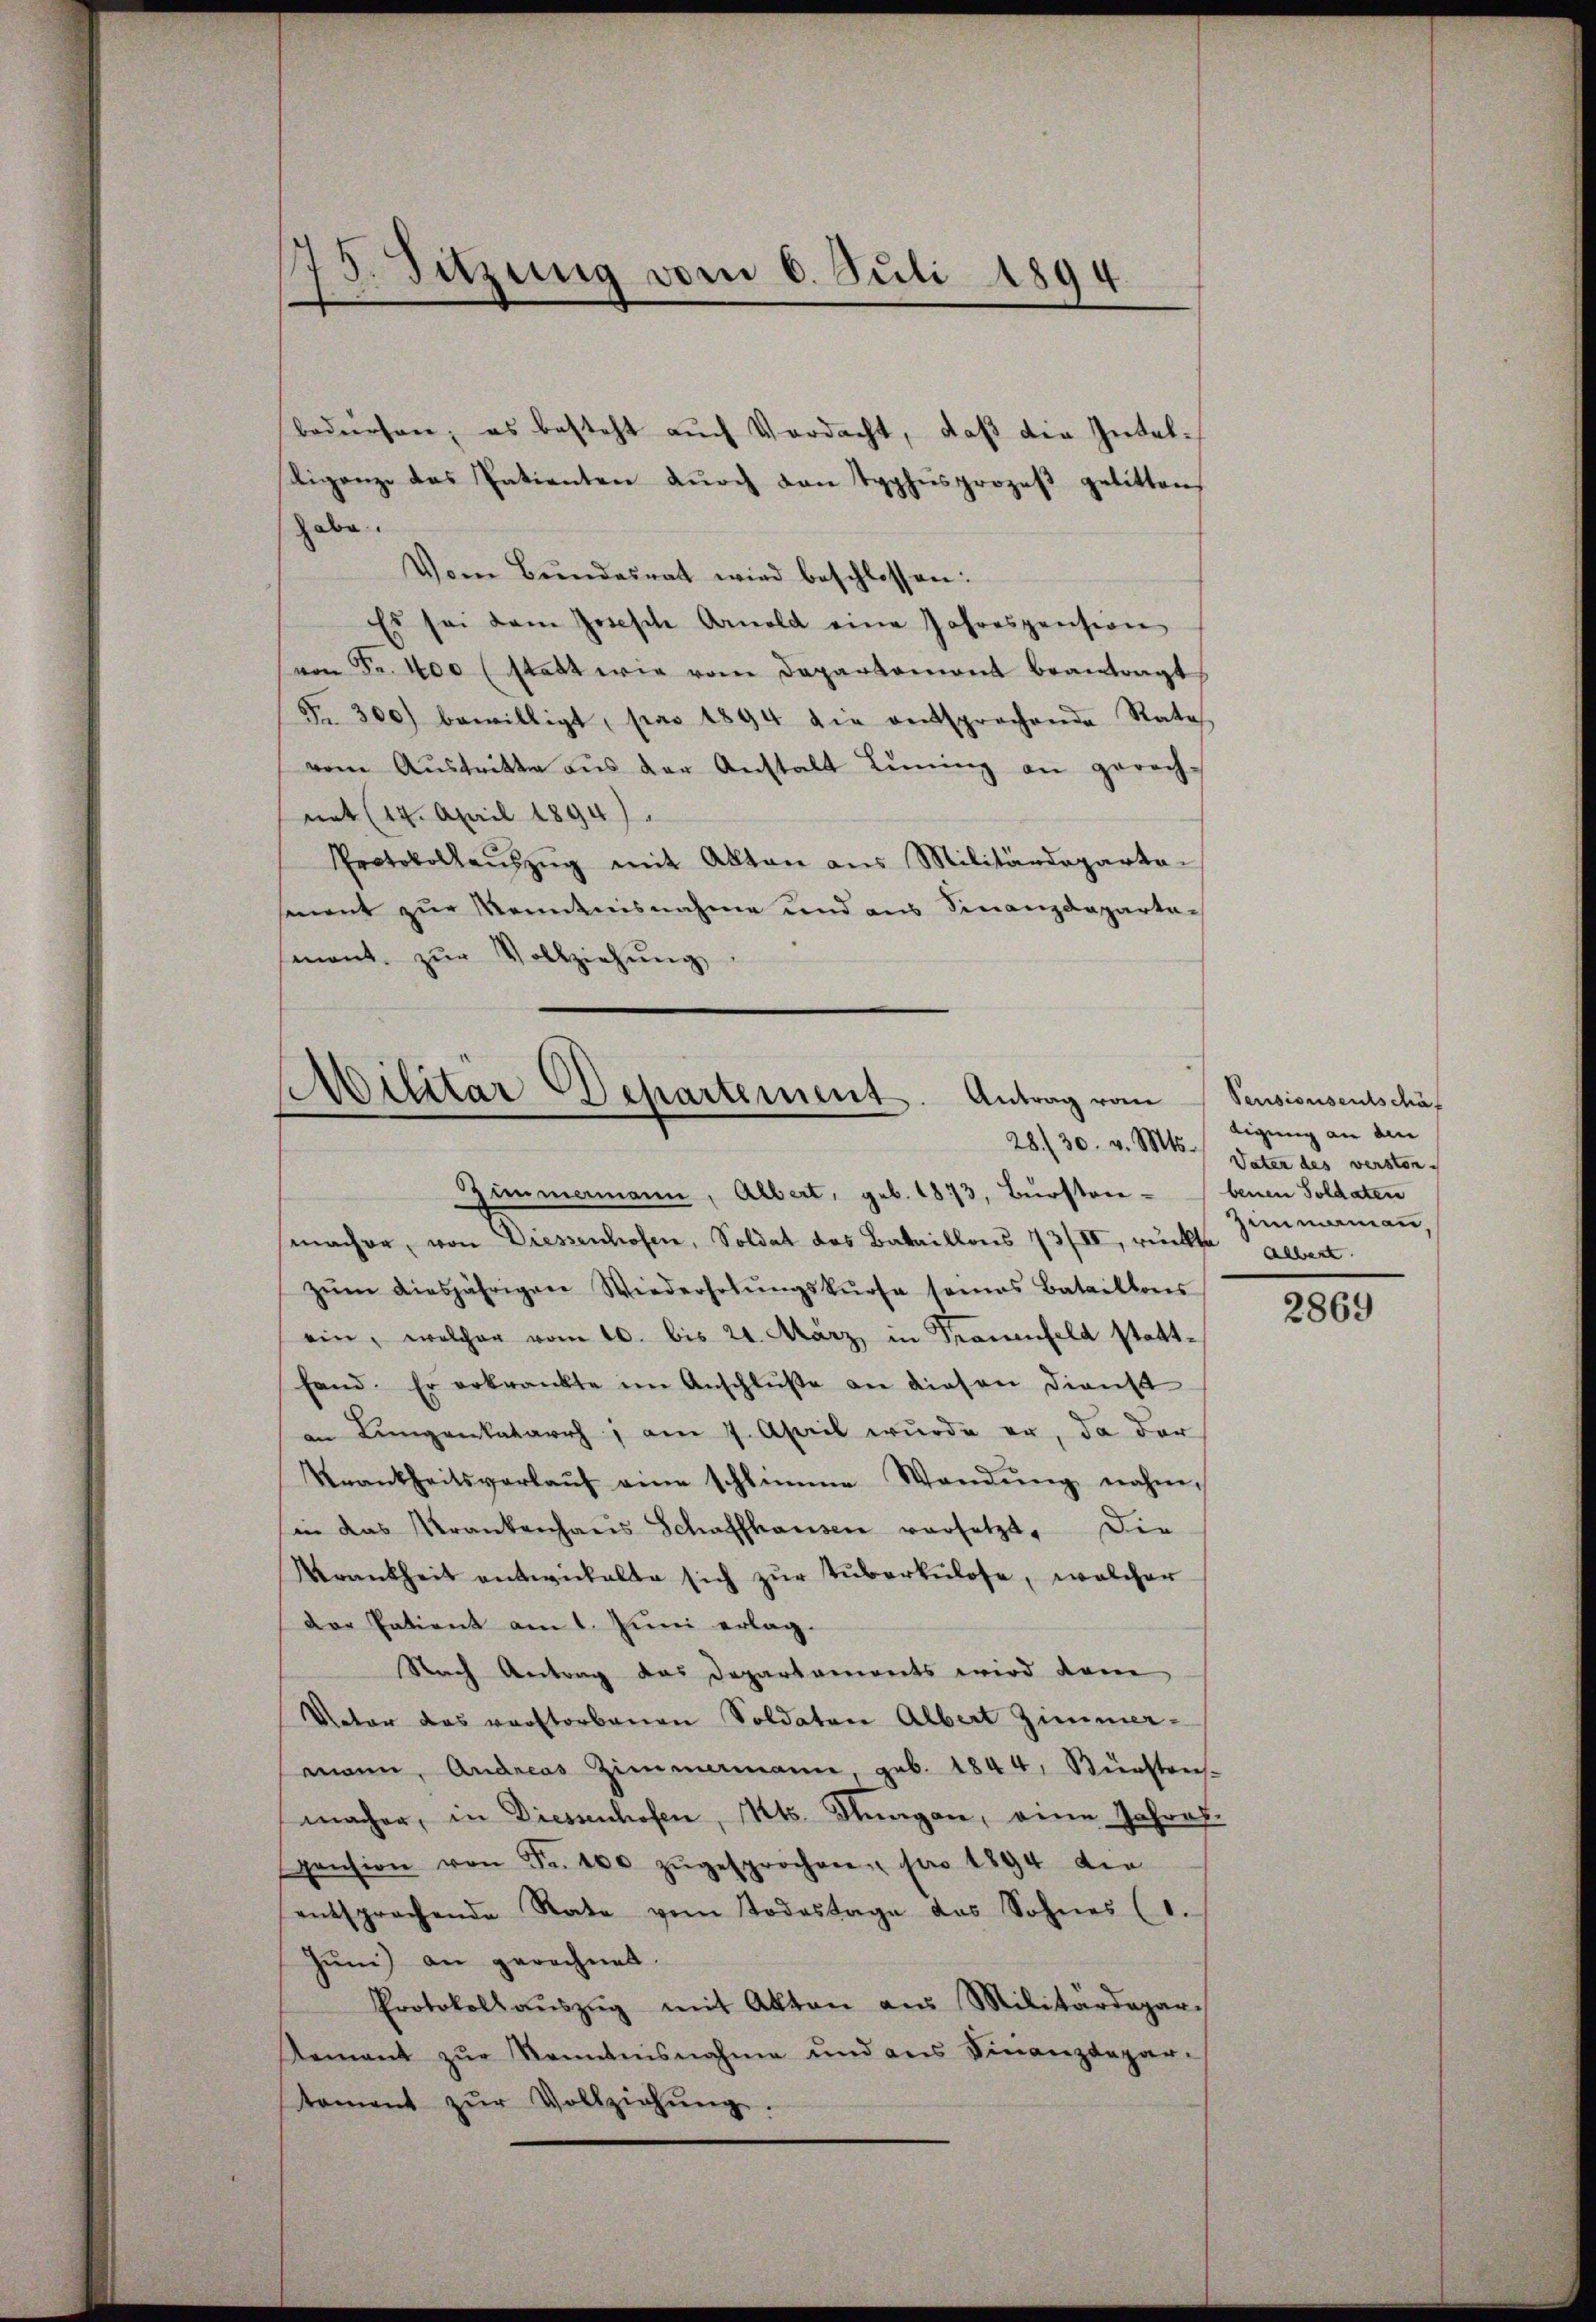
75. Sitzung vom 6. Juli 1894.

bedürfen, es besteht auch Verdacht, daß die Intel¬
Viganze des Patienten dŭrch den Typhusprozeβ gelitten,
habe.
Vom Bŭndesrat wird beschlossen:
Es sei dem Josische Arnold eine Jahrespension
von Fr. 400 (statt wie vom Departament beantragt,
Fr. 300 bewilligt, par 1894 die entsprochende Rata
vom Aŭstritte aŭs der Anstalt Lining an gerech-
mit (14. April 1894).
Protokollaŭszŭg mit Akten aus Militärdeparta-
ment zur Kenntnisnahme und aus Finanzdeparta
mant. zŭr Vollziehung

Militär Dchartement. Antrag vom
e
Zummamann, Albert, geb. 1873, Bursten - benen Soldaten

smacher, von Diessenhofen, Soldat das Bataillons 73/II, rückte allest
zŭm diesjährigen Wiederholŭngskurse seines Bataillons
ein, welcher vom 10. bis 21. März in Trauenfeld stattfand. Er erkrankte im Anschlüße an diesen Dienst
an Lungenkatarrh, am 7. April wurde er, da der
Krankheitsverlaŭf eine schlimme Wandŭng nahm,
in das Krankenhaŭs Schaffhausen versetzt. Die
Krankheit entwickelte sich zŭr Tuberkulose, welcher
Der Patient am 1. Juni erlag.
Nach Antrag das Departements wird dem
Natar das verstorbenen Soldaten Albert Zimmer-
mann, Andreas Zimmermann geb. 1844, Künstens-
macher, in Diessenhofen, Kts. Fragen, eine Jahres.
pension von Fr. 100 zŭgesprochen pro 1894 die
entsprochende Rate vom Todestage das Sohnes (1.
Jum) an gerechnet.
Protokoll aŭszŭg mit Akten aus Militärdepar
Remant zŭr Romanisnahme und ans Finanzdepar-
tament zŭr Vollziehŭng.

Pensionsentschäf
digung an an
28./30. v. Mts. Vater des verstor¬
Zummamian,

2869